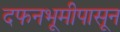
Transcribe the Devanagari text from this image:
दफनभूमीपासून